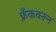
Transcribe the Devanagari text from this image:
फ्रँकवरून